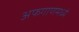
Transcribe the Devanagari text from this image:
अफगाणमध्ये